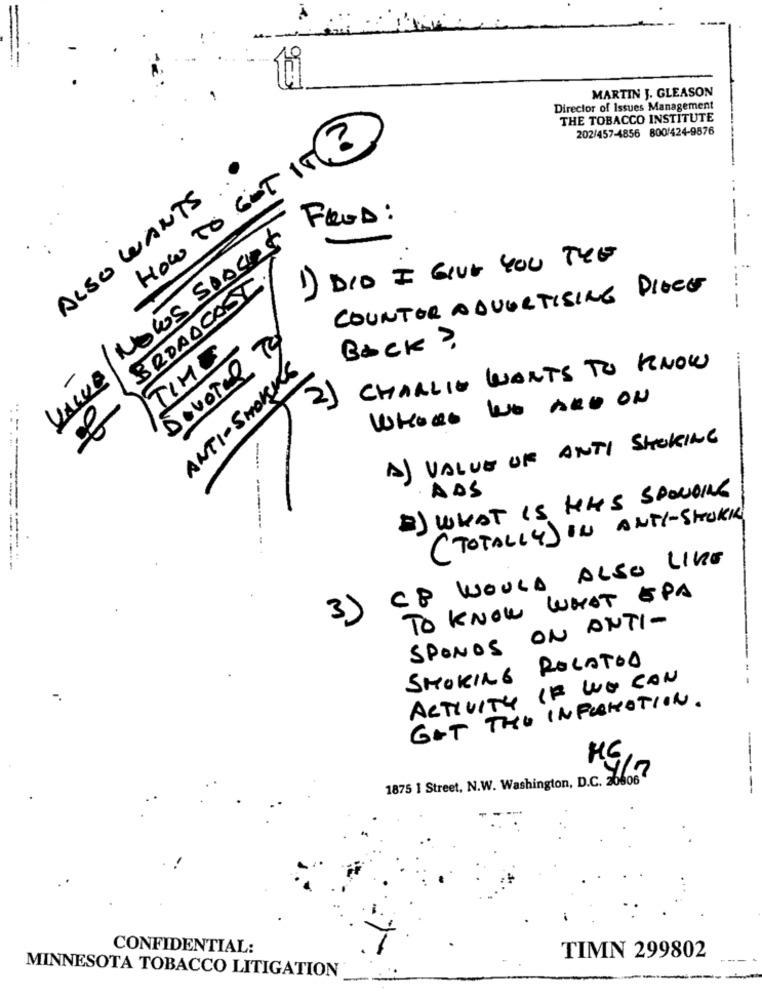
MARTIN J. GLEASON
Director of Issues Management
THE TOBACCO INSTITUTE
202/457-4856 800/424-9876
HOW TO GOT IT
ALSO WANTS
FRED :
NOWs SPACES
1) DID I GIVE YOU TEE
---
BROADCAST
COUNTER ADVERTISING DIOCE
--
TIME
Back ?
DevoTal
ANTI-SMOKES
CHARLIE WANTS TO KNOW
VALUE
WHOOO WO ARO ON
-
A) VALUE OF ANTI SHORING
- --
2) WHAT IS HAS SPOOING
. ADS
(TOTALLY) IN ANTI-STOKKE
CP WOULD ALSO LIKE
TO KNOW WHAT SPA
3)
SPONOS ON ANTI-
SMOKING ROCATOD
ACTIVITY IF WE CON
GAT THE INFORMATION.
---
1875 1 Street, N.W. Washington, D.C. 20606
--
CONFIDENTIAL:
TIMN 299802
MINNESOTA TOBACCO LITIGATION